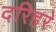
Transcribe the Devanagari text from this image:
दरिहरे